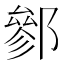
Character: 𨝐